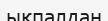
ықпалдан